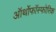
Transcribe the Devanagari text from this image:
ऑर्थोफाॅस्फोरिक